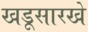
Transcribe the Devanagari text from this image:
खडूसारखे